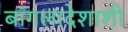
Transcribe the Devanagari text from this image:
बांगलादेशाशी